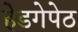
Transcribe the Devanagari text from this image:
हेडगेपेठ